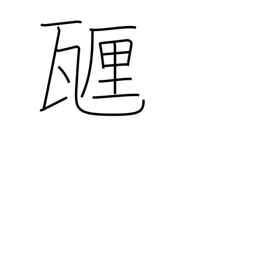
Meaning: centigram